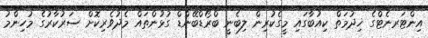
އިންޓަރނެޓްގެ ޚިދުމަތް ކިއުބާގައި މީގެކުރިން ލިބެނީ ބްރޯޑްބޭންޑް ގުޅުންތައް މެދުވެރިކޮށް ސަރުކާރުގެ މުހިންމު